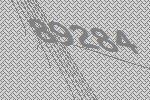
89284